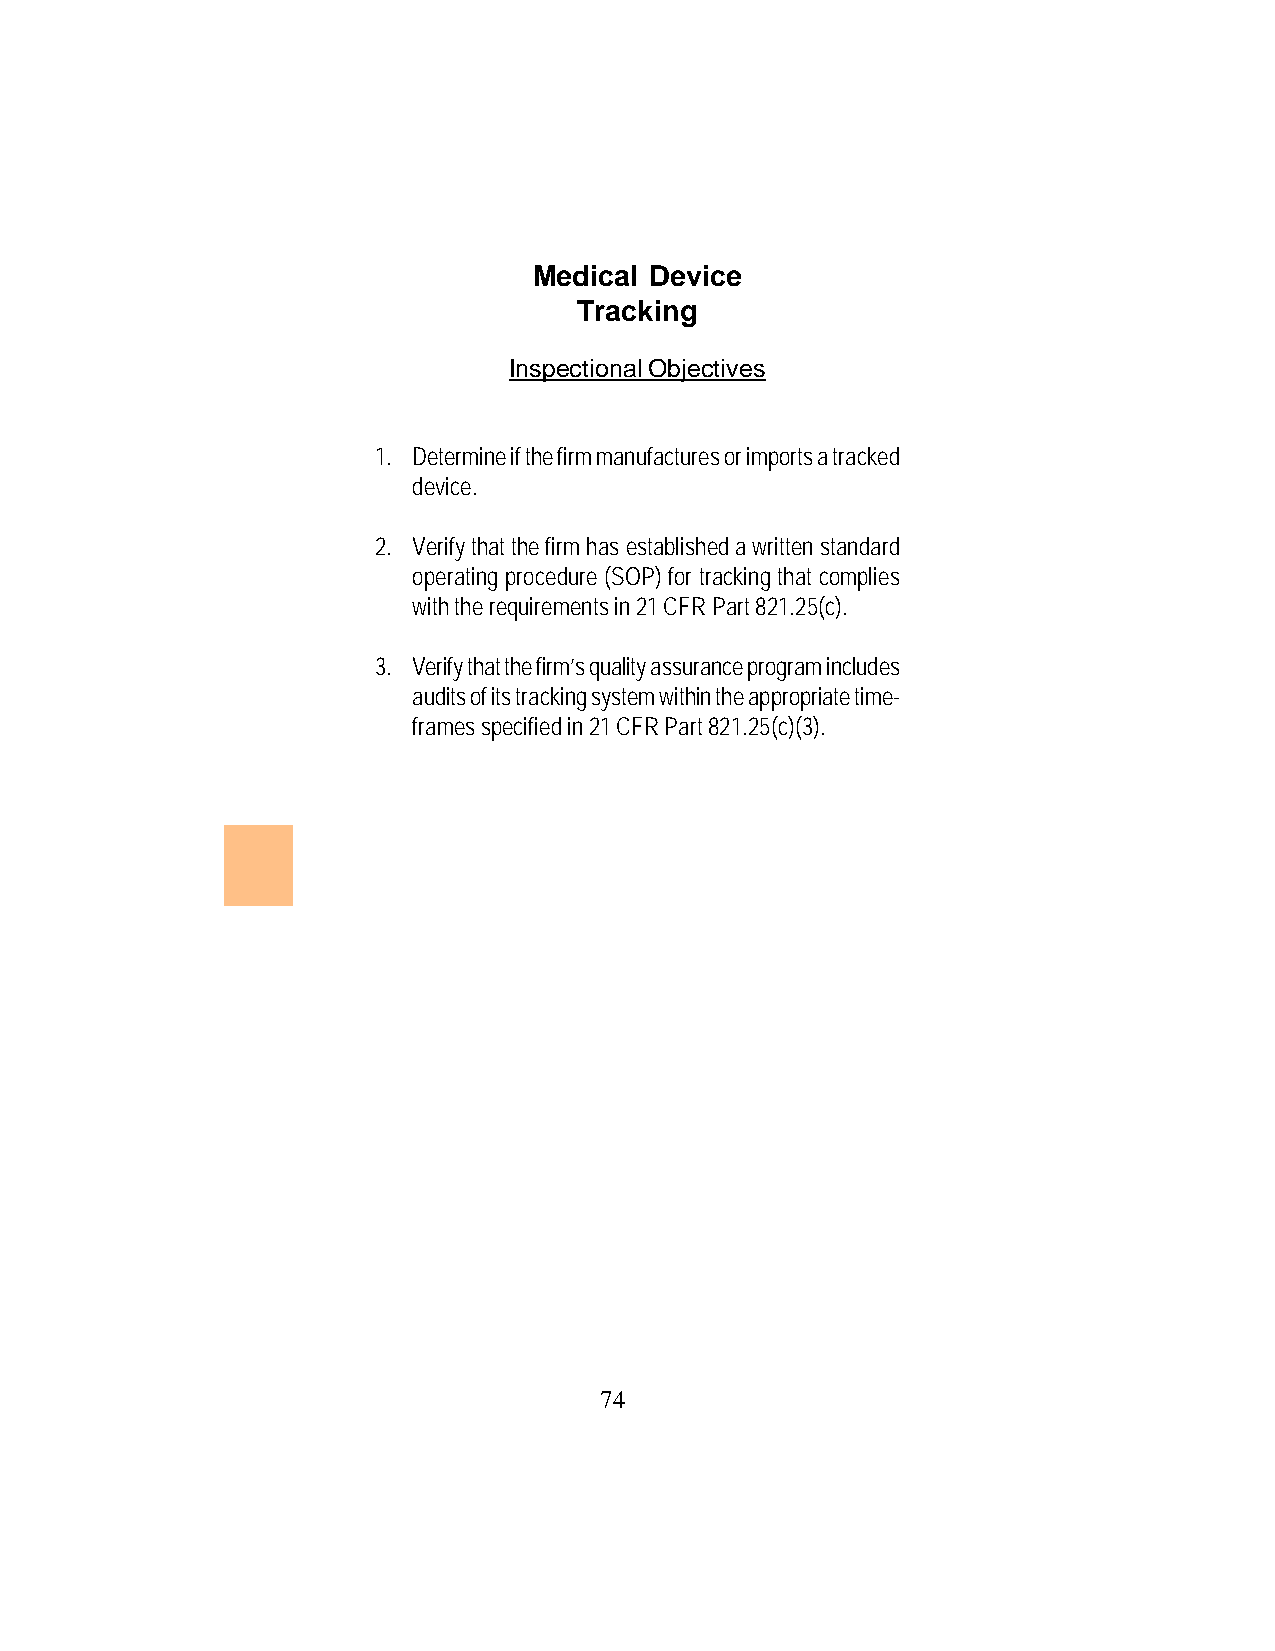
Medical Device
 Tracking
 Inspectional Objectives
 1. Determine if the firm manufactures or imports a tracked
 device.
 2. Verify that the firm has established a written standard
 operating procedure (SOP) for tracking that complies
 with the requirements in 21 CFR Part 821.25(c).
 3. Verify that the firm’s quality assurance program includes
 audits of its tracking system within the appropriate time-
 frames specified in 21 CFR Part 821.25(c)(3).
 74